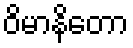
ဝိမာနိတော